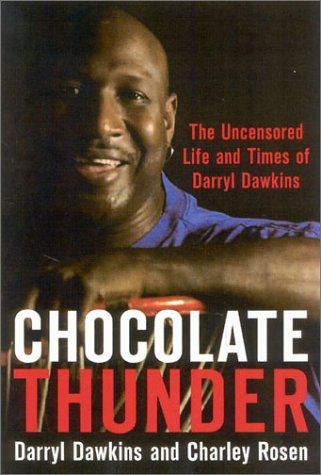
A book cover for Chocolate Thunder: The Uncensored Life and Time of Darryl Dawkins; Darryl Dawkins; Sports & Outdoors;